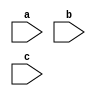
module f3(a,b,c);
input [3:0]a,b,c;
wire [3:0]Y=a&b&c;
endmodule